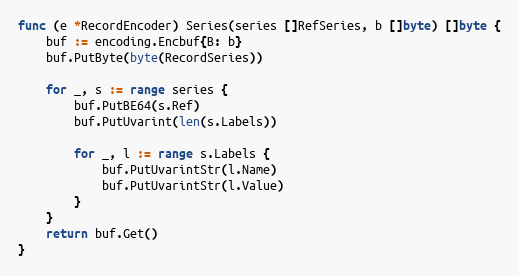
Language: Go
func (e *RecordEncoder) Series(series []RefSeries, b []byte) []byte {
	buf := encoding.Encbuf{B: b}
	buf.PutByte(byte(RecordSeries))

	for _, s := range series {
		buf.PutBE64(s.Ref)
		buf.PutUvarint(len(s.Labels))

		for _, l := range s.Labels {
			buf.PutUvarintStr(l.Name)
			buf.PutUvarintStr(l.Value)
		}
	}
	return buf.Get()
}